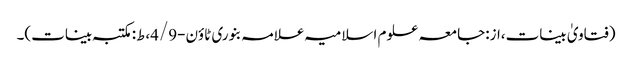
(فتاویٰ بینات،از:جامعہ علوم اسلامیہ علامہ بنوری ٹاؤن-4/9،ط:مکتبہ بینات)۔